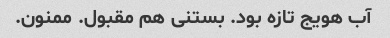
آب هویج تازه بود. بستنی هم مقبول. ممنون.